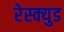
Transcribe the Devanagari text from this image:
रेस्क्युड